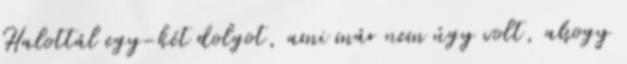
Halottál egy-két dolgot, ami már nem úgy volt, ahogy